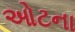
ઓટના